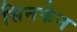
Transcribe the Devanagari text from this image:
सिनफेन